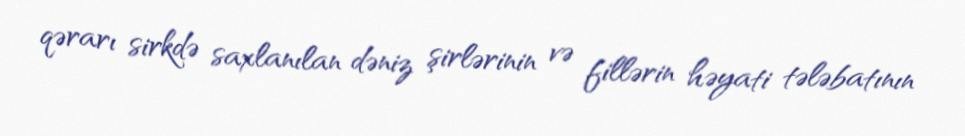
qərarı sirkdə saxlanılan dəniz şirlərinin və fillərin həyati tələbatının